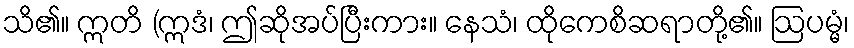
သိ၏။ ဣတိ (ဣဒံ၊ ဤဆိုအပ်ပြီးကား။ နေသံ၊ ထိုကေစိဆရာတို့၏။ ဩပမ္မံ၊